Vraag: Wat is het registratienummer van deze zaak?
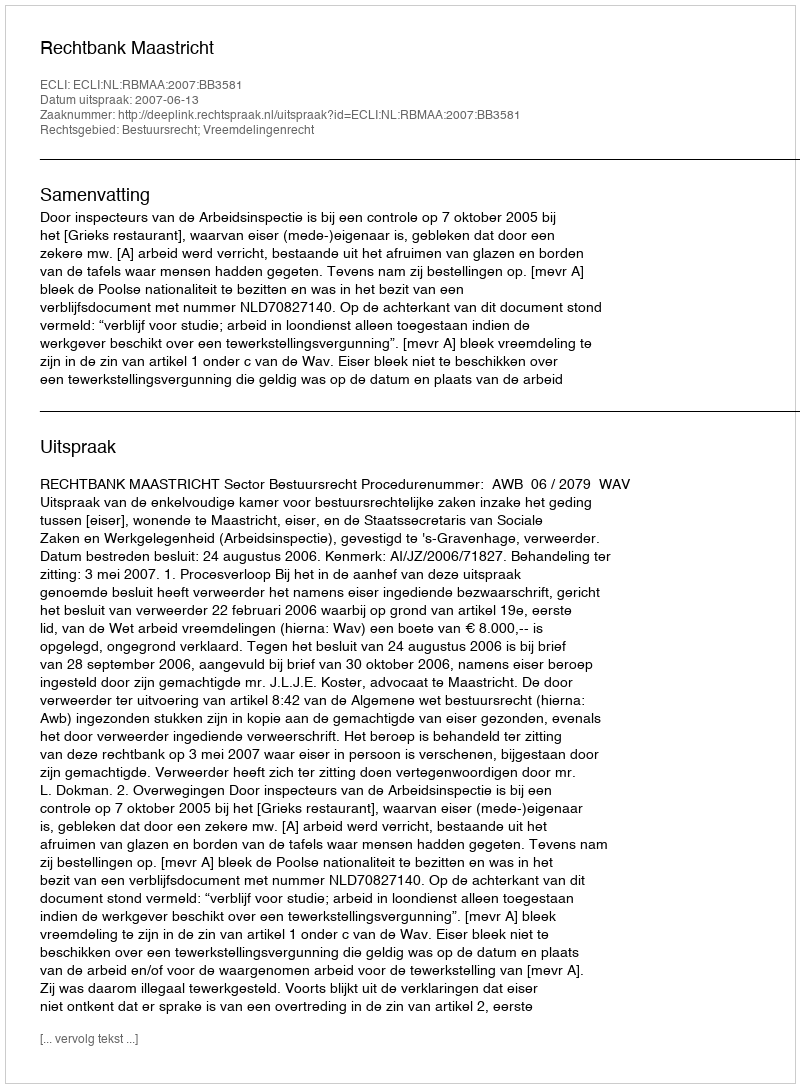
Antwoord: http://deeplink.rechtspraak.nl/uitspraak?id=ECLI:NL:RBMAA:2007:BB3581